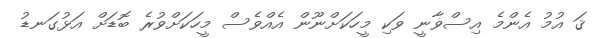
ޤަ އުމު އެންމެ އިސްވާނީ ވަކި މީހަކަށްނޫން އެއްވެސް މީހަކަށްވުރެ ބޮޑަށް އަޅުގަނޑު